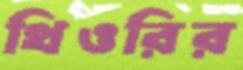
থিওরির